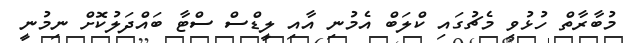
މުބާރާތް ހުޅުވި މެޗުގައި ކްލަބް އެމުނި އާއި ލީޑްސް ސްޓާ ބައްދަލުކޮށް ނިމުނީ